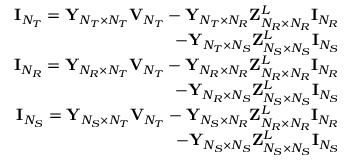
\begin{array} { r l } { { \mathbf { I } } _ { N _ { T } } = { \mathbf { Y } } _ { N _ { T } \times N _ { T } } { \mathbf { V } } _ { N _ { T } } - { \mathbf { Y } } _ { N _ { T } \times N _ { R } } { \mathbf { Z } } _ { N _ { R } \times N _ { R } } ^ { L } { \mathbf { I } } _ { N _ { R } } } & { } \\ { \quad \quad \quad \quad - { \mathbf { Y } } _ { N _ { T } \times N _ { S } } { \mathbf { Z } } _ { N _ { S } \times N _ { S } } ^ { L } { \mathbf { I } } _ { N _ { S } } } \\ { { \mathbf { I } } _ { N _ { R } } = { \mathbf { Y } } _ { N _ { R } \times N _ { T } } { \mathbf { V } } _ { N _ { T } } - { \mathbf { Y } } _ { N _ { R } \times N _ { R } } { \mathbf { Z } } _ { N _ { R } \times N _ { R } } ^ { L } { \mathbf { I } } _ { N _ { R } } } & { } \\ { \quad \quad \quad \quad - { \mathbf { Y } } _ { N _ { R } \times N _ { S } } { \mathbf { Z } } _ { N _ { S } \times N _ { S } } ^ { L } { \mathbf { I } } _ { N _ { S } } } \\ { { \mathbf { I } } _ { N _ { S } } = { \mathbf { Y } } _ { N _ { S } \times N _ { T } } { \mathbf { V } } _ { N _ { T } } - { \mathbf { Y } } _ { N _ { S } \times N _ { R } } { \mathbf { Z } } _ { N _ { R } \times N _ { R } } ^ { L } { \mathbf { I } } _ { N _ { R } } } & { } \\ { \quad \quad \quad \quad - { \mathbf { Y } } _ { N _ { S } \times N _ { S } } { \mathbf { Z } } _ { N _ { S } \times N _ { S } } ^ { L } { \mathbf { I } } _ { N _ { S } } } \end{array}